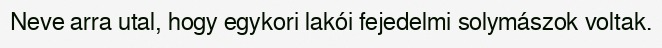
Neve arra utal, hogy egykori lakói fejedelmi solymászok voltak.